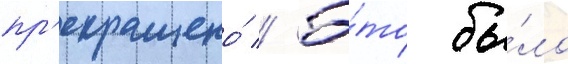
пр'екращено́ // Э́то бы́ло